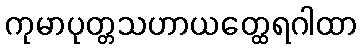
ကုမာပုတ္တသဟာယတ္ထေရဂါထာ